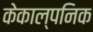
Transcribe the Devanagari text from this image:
केकाल्पनिक